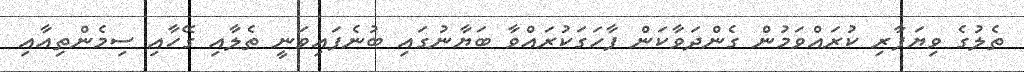
ތެލުގެ ވިޔަފާރި ކުރައްވަމުން ގެންދަވާކަން ފާހަގަކުރައްވާ ބަޔާނުގައި ބުނެފައިވަނީ ތެލާއި ގޭހާއި ސިމެންތިއާއި